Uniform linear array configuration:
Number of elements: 4
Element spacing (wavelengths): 0.75
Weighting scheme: kaiser
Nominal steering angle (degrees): -60
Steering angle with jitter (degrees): -59.727
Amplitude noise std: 0.05
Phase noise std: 0.05

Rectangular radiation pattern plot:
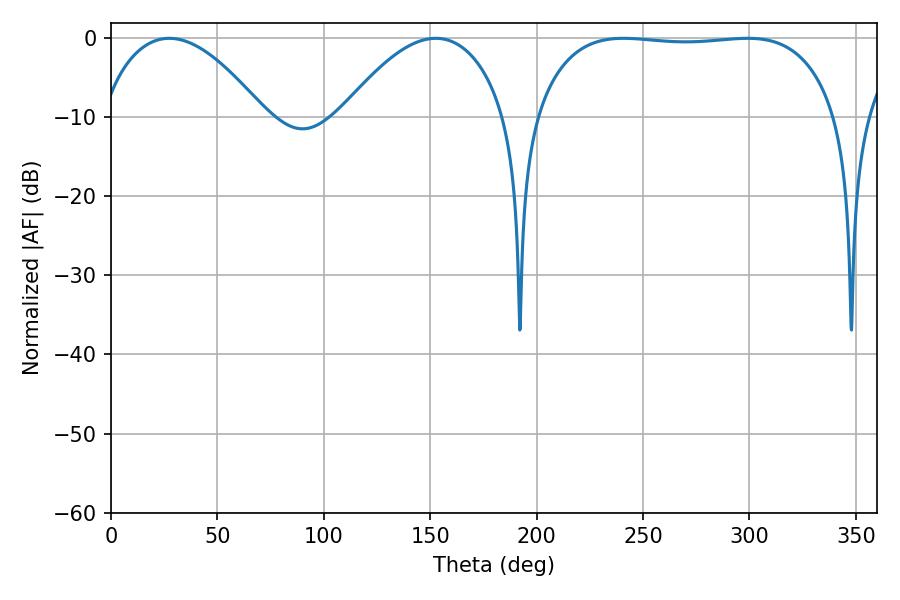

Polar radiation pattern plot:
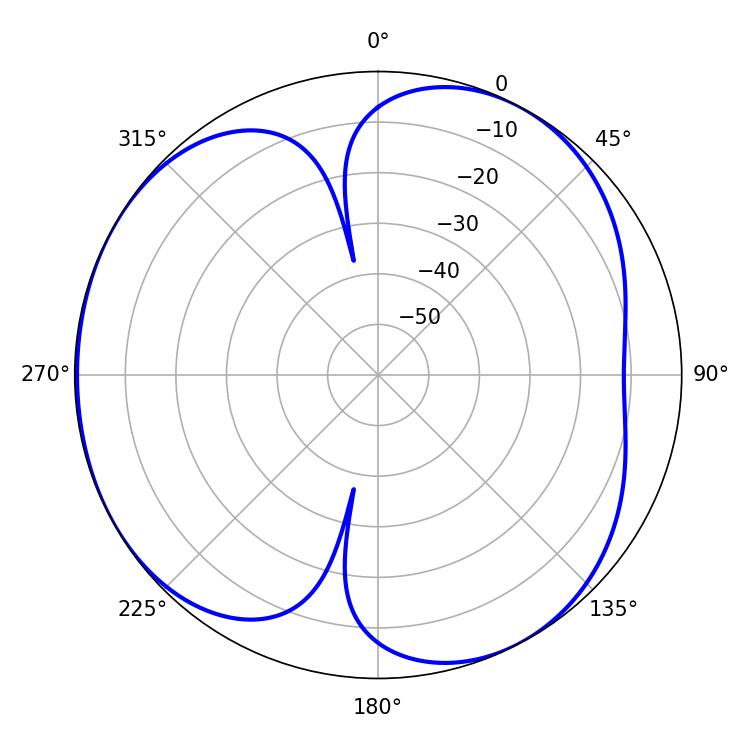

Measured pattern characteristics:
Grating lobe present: TRUE
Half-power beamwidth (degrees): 111.96
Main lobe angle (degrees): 240.84